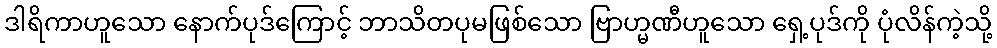
ဒါရိကာဟူသော နောက်ပုဒ်ကြောင့် ဘာသိတပုမဖြစ်သော ဗြာဟ္မဏီဟူသော ရှေ့ပုဒ်ကို ပုံလိန်ကဲ့သို့